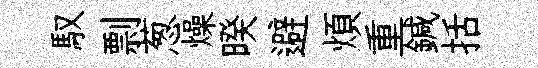
馭剽葱燥暌避煩重鍼括